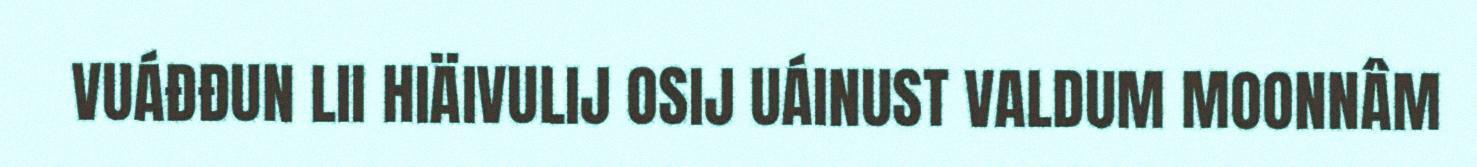
VUÁĐĐUN LII HIÄIVULIJ OSIJ UÁINUST VALDUM MOONNÂM